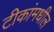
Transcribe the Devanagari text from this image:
टीकांमधील